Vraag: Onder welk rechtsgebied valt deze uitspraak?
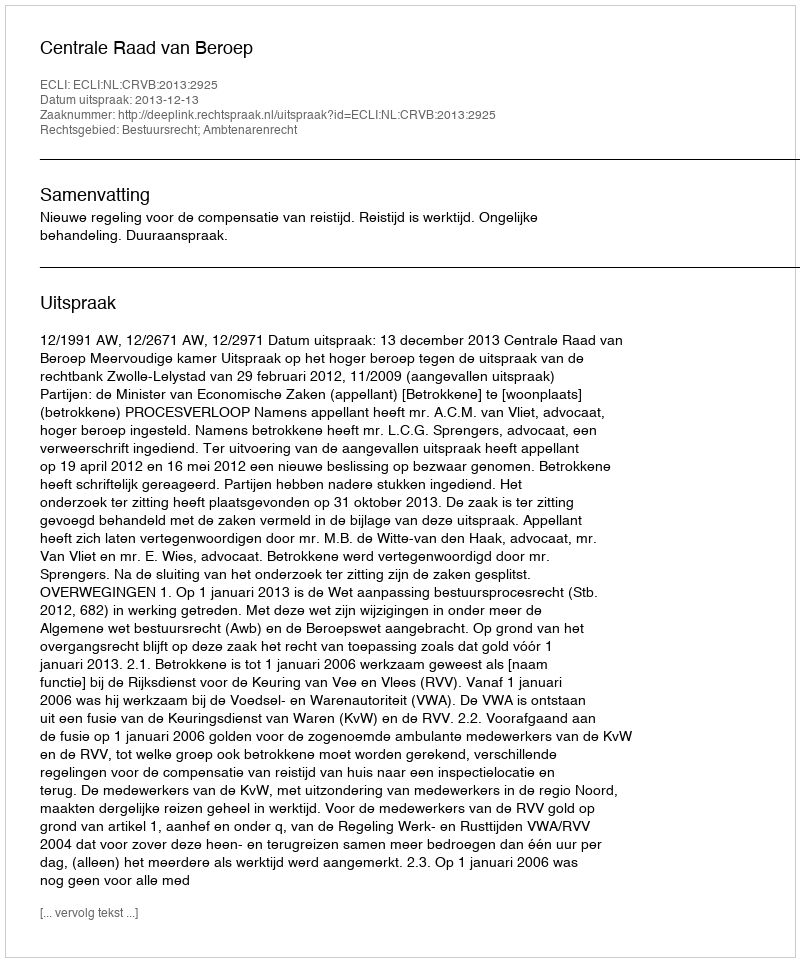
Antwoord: Bestuursrecht; Ambtenarenrecht